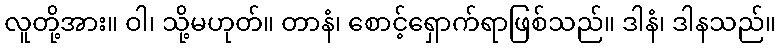
လူတို့အား။ ဝါ၊ သို့မဟုတ်။ တာနံ၊ စောင့်ရှောက်ရာဖြစ်သည်။ ဒါနံ၊ ဒါနသည်။